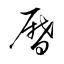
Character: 暦